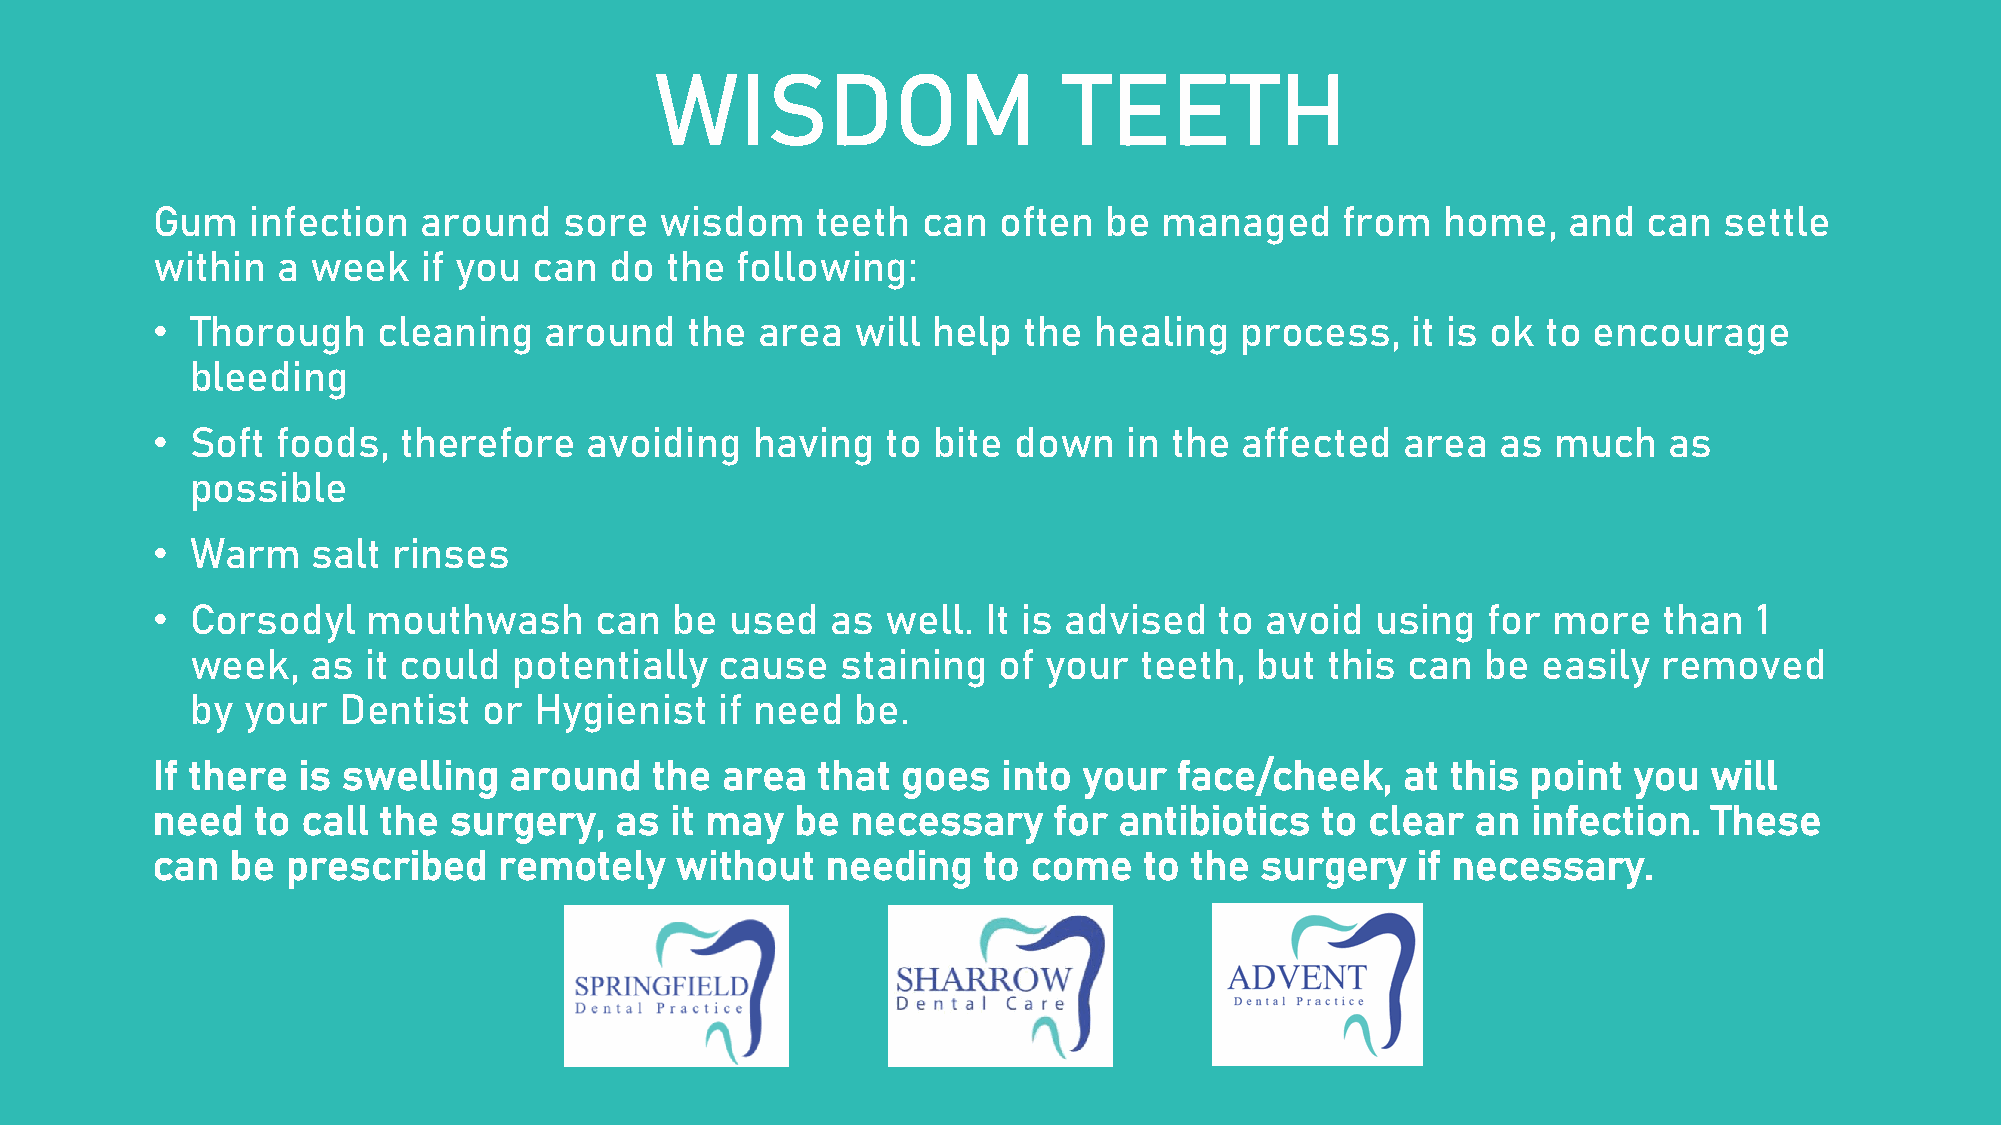
WISDOM                     TEETH
 Gum    infection  around   sore   wisdom    teeth  can  often  be  managed     from   home,   and  can  settle
 within  a  week   if you can  do  the  following:
 •  Thorough    cleaning   around   the  area   will help  the healing   process,   it is ok to encourage
 bleeding
 •  Soft foods,  therefore    avoiding   having   to bite down    in the affected   area  as  much   as
 possible
 •  Warm    salt rinses
 •  Corsodyl   mouthwash      can   be used   as  well. It is advised   to avoid  using  for  more   than  1
 week,   as it could  potentially   cause   staining  of your   teeth, but  this can  be  easily  removed
 by your  Dentist   or Hygienist    if need  be.
 If there  is swelling   around   the  area  that  goes  into  your  face/cheek,    at this point  you  will
 need   to call the  surgery,   as it may   be necessary     for antibiotics  to  clear  an infection.  These
 can  be  prescribed    remotely    without   needing   to come    to the surgery    if necessary.